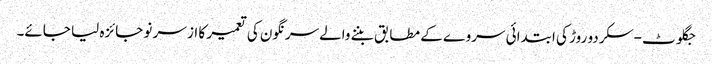
جگلوٹ-سکردو روڑ کی ابتدائی سر وے کے مطابق بننے والےسرنگون کی تعمیر کا از سر نو جائزہ لیا جائے۔